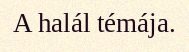
A halál témája.